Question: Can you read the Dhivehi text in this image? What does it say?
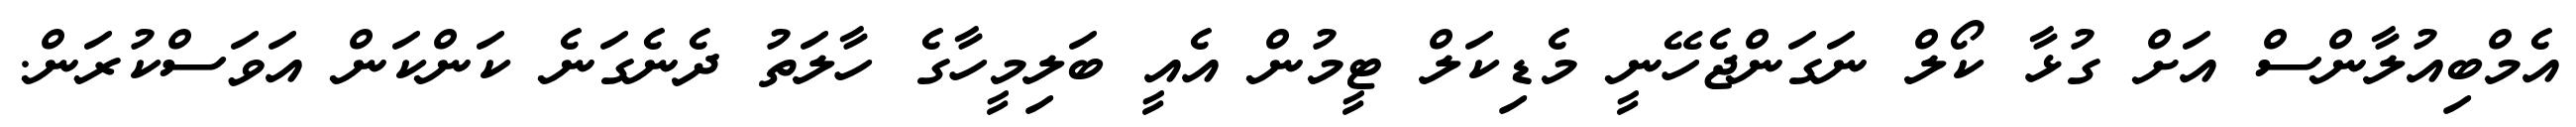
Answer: އެމްބިއުލާންސް އަށް ގުޅާ ކޯލް ނަގަންޖެހޭނީ މެޑިކަލް ޓީމުން އެއީ ބަލިމީހާގެ ހާލަތު ދެނެގަނެ ކަންކަން އަވަސްކުރަން.